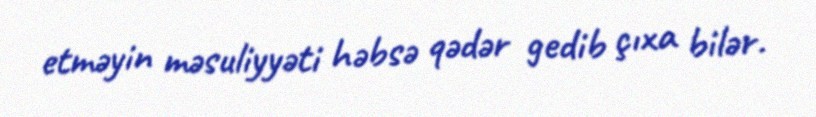
etməyin məsuliyyəti həbsə qədər gedib çıxa bilər.